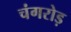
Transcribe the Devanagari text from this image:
चंगरोड़